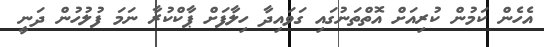
އެހެން ކަމުން ކުރިއަށް އޮތްތަނުގައި ގަވައިދާ ހިލާފަށް ޕާކްކުރާ ނަމަ ފުލުހުން ދަނީ